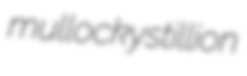
mullocky stillion